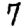
Digit: 7